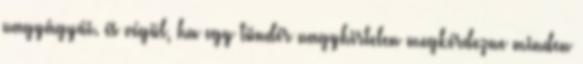
nagyágyúi. és végül, ha egy tündér nagyhirtelen megkérdezne minden